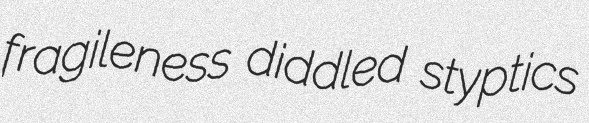
fragileness diddled styptics